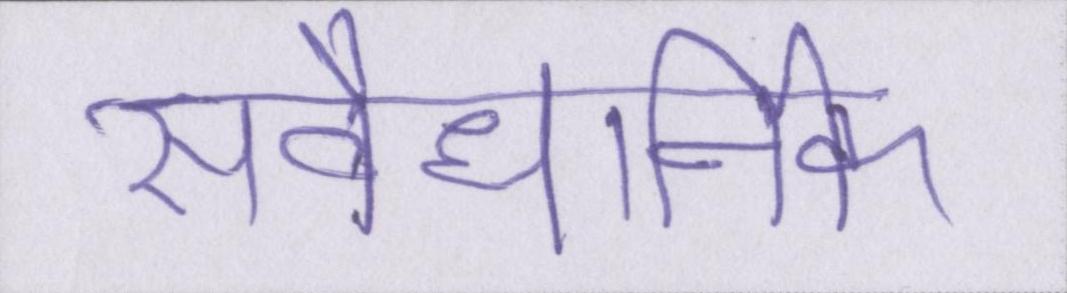
संवैधानिक